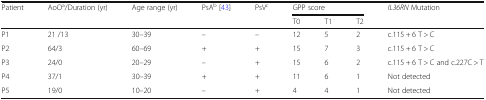
<table><thead><tr><td rowspan="2"><b>Patient</b></td><td rowspan="2"><b>AoO<sup>a</sup>/Duration (yr)</b></td><td rowspan="2"><b>Age range (yr)</b></td><td rowspan="2"><b>PsA<sup>b</sup> [43]</b></td><td rowspan="2"><b>PsV<sup>c</sup></b></td><td colspan="3"><b>GPP score</b></td><td rowspan="2"><b><i>IL36RN</i> Mutation</b></td></tr><tr><td><b>T0</b></td><td><b>T1</b></td><td><b>T2</b></td></tr></thead><tbody><tr><td>P1</td><td>21 /13</td><td>30–39</td><td>–</td><td>–</td><td>12</td><td>5</td><td>2</td><td>c.115 + 6 T &gt; C</td></tr><tr><td>P2</td><td>64/3</td><td>60–69</td><td>+</td><td>+</td><td>15</td><td>7</td><td>3</td><td>c.115 + 6 T &gt; C</td></tr><tr><td>P3</td><td>24/0</td><td>20–29</td><td>–</td><td>+</td><td>15</td><td>6</td><td>2</td><td>c.115 + 6 T &gt; C and c.227C &gt; T</td></tr><tr><td>P4</td><td>37/1</td><td>30–39</td><td>+</td><td>+</td><td>11</td><td>6</td><td>1</td><td>Not detected</td></tr><tr><td>P5</td><td>19/0</td><td>10–20</td><td>–</td><td>+</td><td>4</td><td>4</td><td>1</td><td>Not detected</td></tr></tbody></table>